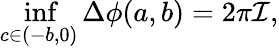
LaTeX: \operatorname*{inf}_{c\in(-b,0)}\Delta\phi(a,b)=2\pi\mathcal{I},